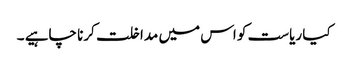
کیا ریاست کو اس میں مداخلت کرنا چاہیے ۔